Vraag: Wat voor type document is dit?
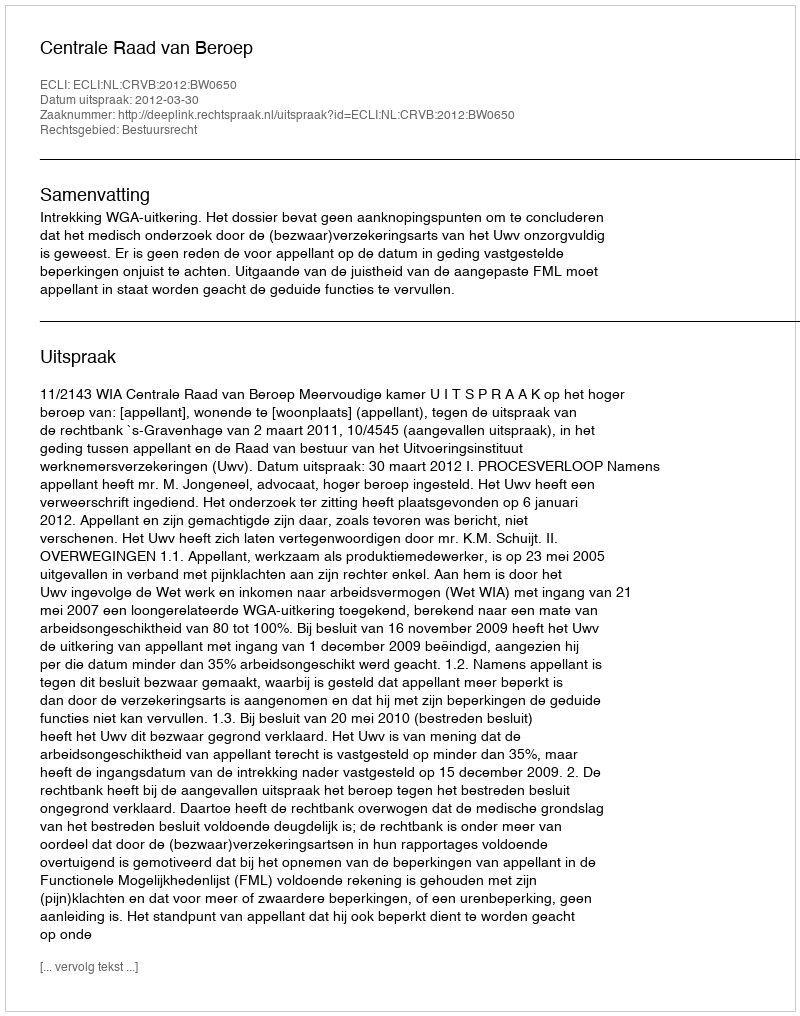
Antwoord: Uitspraak